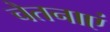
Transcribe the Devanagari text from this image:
चेतनाएं